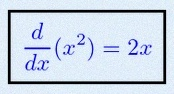
\frac{d}{dx}(x^2)=2x